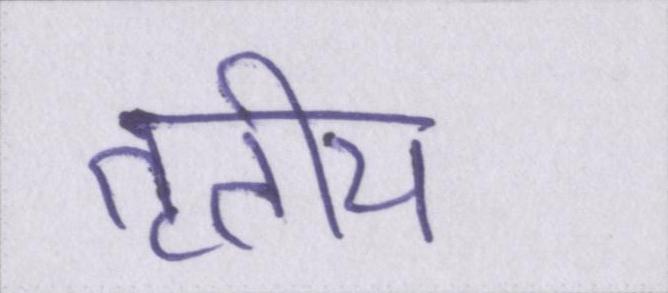
तृतीय